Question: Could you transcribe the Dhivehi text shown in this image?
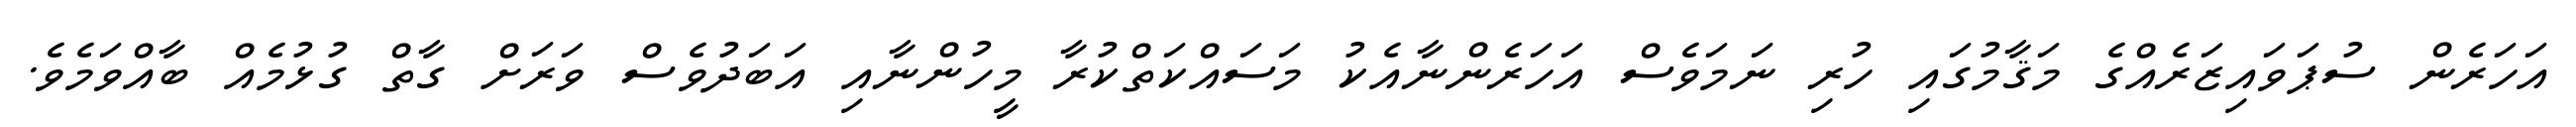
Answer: އަހަރެން ސުޕަވައިޒަރެއްގެ މަޤާމުގައި ހުރި ނަމަވެސް އަހަރެންނާއެކު މަސައްކަތްކުރާ މީހުންނާއި އަބަދުވެސް ވަރަށް ގާތް ގުޅުމެއް ބާއްވަމެވެ.